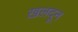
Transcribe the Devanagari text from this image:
ख़लदून